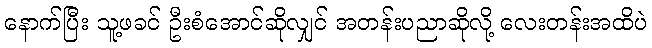
နောက်ပြီး သူ့ဖခင် ဦးစံအောင်ဆိုလျှင် အတန်းပညာဆိုလို့ လေးတန်းအထိပဲ